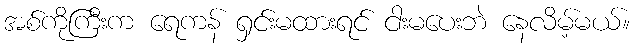
အစ်ကိုကြီးက ရေကန် ရှင်းမထားရင် ငါးမပေးဘဲ နေလိမ့်မယ်။